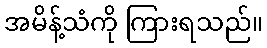
အမိန့်သံကို ကြားရသည်။